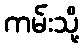
ကမ်းသို့